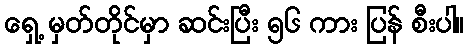
ရှေ့ မှတ်တိုင်မှာ ဆင်းပြီး ၅၆ ကား ပြန် စီးပါ။